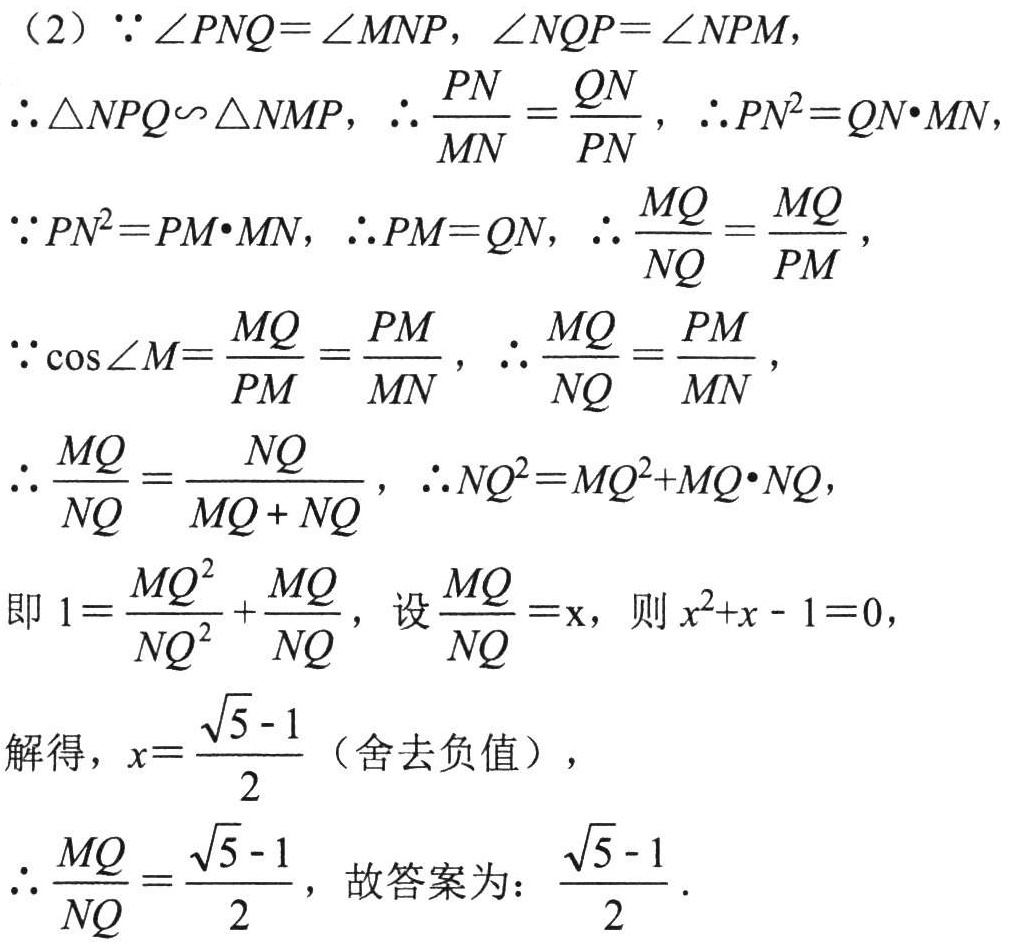
（2）$\because\angle PNQ = \angle MNP,\angle NQP=\angle NPM$,
$\therefore\triangle NPQ\sim\triangle NMP$, $\therefore\frac{PN}{MN}=\frac{QN}{PN}$, $\therefore PN^{2}=QN\cdot MN$,
$\because PN^{2}=PM\cdot MN$, $\therefore PM = QN$, $\therefore\frac{MQ}{NQ}=\frac{MQ}{PM}$,
$\because\cos\angle M=\frac{MQ}{PM}=\frac{PM}{MN}$, $\therefore\frac{MQ}{NQ}=\frac{PM}{MN}$,
$\therefore\frac{MQ}{NQ}=\frac{NQ}{MQ + NQ}$, $\therefore NQ^{2}=MQ^{2}+MQ\cdot NQ$,
即$1=\frac{MQ^{2}}{NQ^{2}}+\frac{MQ}{NQ}$, 设$\frac{MQ}{NQ}=\mathrm{x}$, 则$x^{2}+x - 1 = 0$,
解得，$x=\frac{\sqrt{5}-1}{2}$（舍去负值），
$\therefore\frac{MQ}{NQ}=\frac{\sqrt{5}-1}{2}$, 故答案为：$\frac{\sqrt{5}-1}{2}$.